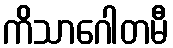
ကိသာဂေါတမီ